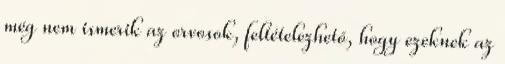
még nem ismerik az orvosok, feltételezhető, hogy ezeknek az